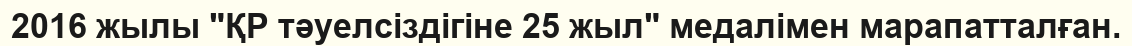
2016 жылы "ҚР тәуелсіздігіне 25 жыл" медалімен марапатталған.